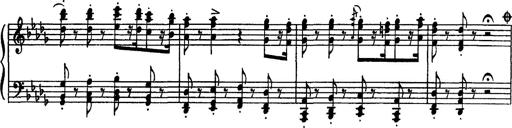
Title: Fantaisie sur des motifs favoris de l'opÃ©ra 'La sonnambula'
Composer: Franz Liszt